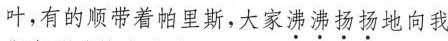
叶，有的顺带着帕里斯，大家沸沸扬扬地向我